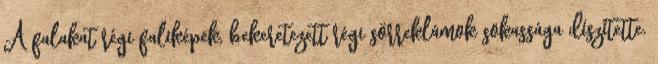
A falakat régi faliképek, bekeretezett régi sörreklámok sokassága díszítette.